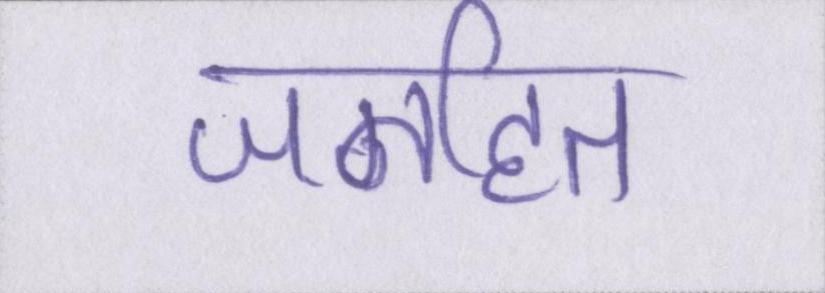
जनहित